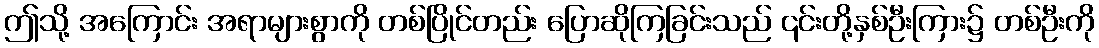
ဤသို့ အကြောင်း အရာများစွာကို တစ်ပြိုင်တည်း ပြောဆိုကြခြင်းသည် ၎င်းတို့နှစ်ဦးကြား၌ တစ်ဦးကို